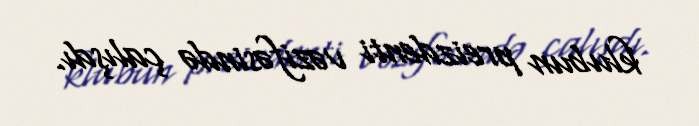
klubun preizdenti vəzifəsində çalışdı.